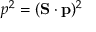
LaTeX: p ^ { 2 } = ( \mathbf { S } \cdot \mathbf { p } ) ^ { 2 }